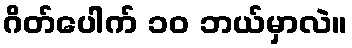
ဂိတ်ပေါက် ၁၀ ဘယ်မှာလဲ။